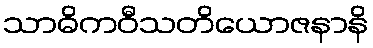
သာဓိကဝီသတိယောဇနာနိ